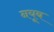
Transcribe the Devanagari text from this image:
नयूब